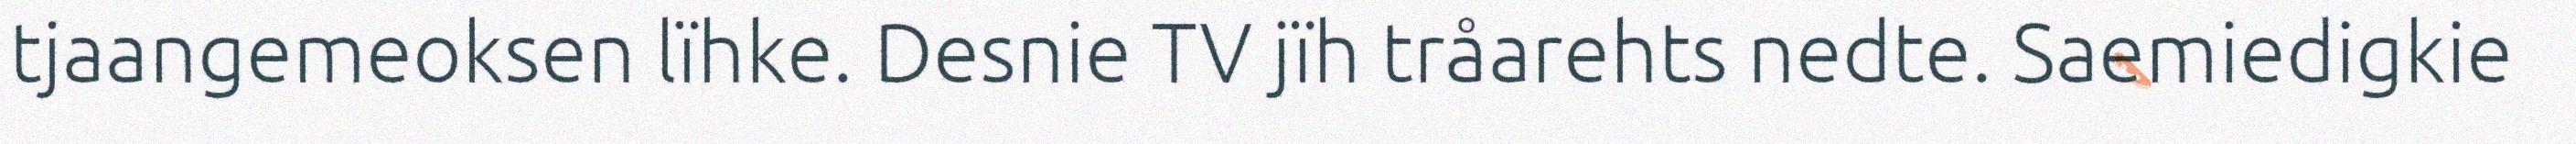
tjaangemeoksen lïhke. Desnie TV jïh tråarehts nedte. Saemiedigkie